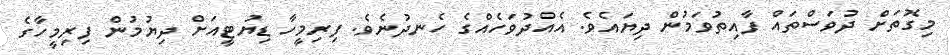
މިގޮތަށް ދުވަސްތައް ފާއިތުވަމުން ދިޔައެވެ. އެއްދުވަހެއްގެ ހެނދުނެވެ. ފިރިމީހާ ޑިޔުޓީއަށް ދިޔުމުން ފިރިމީހާގެ